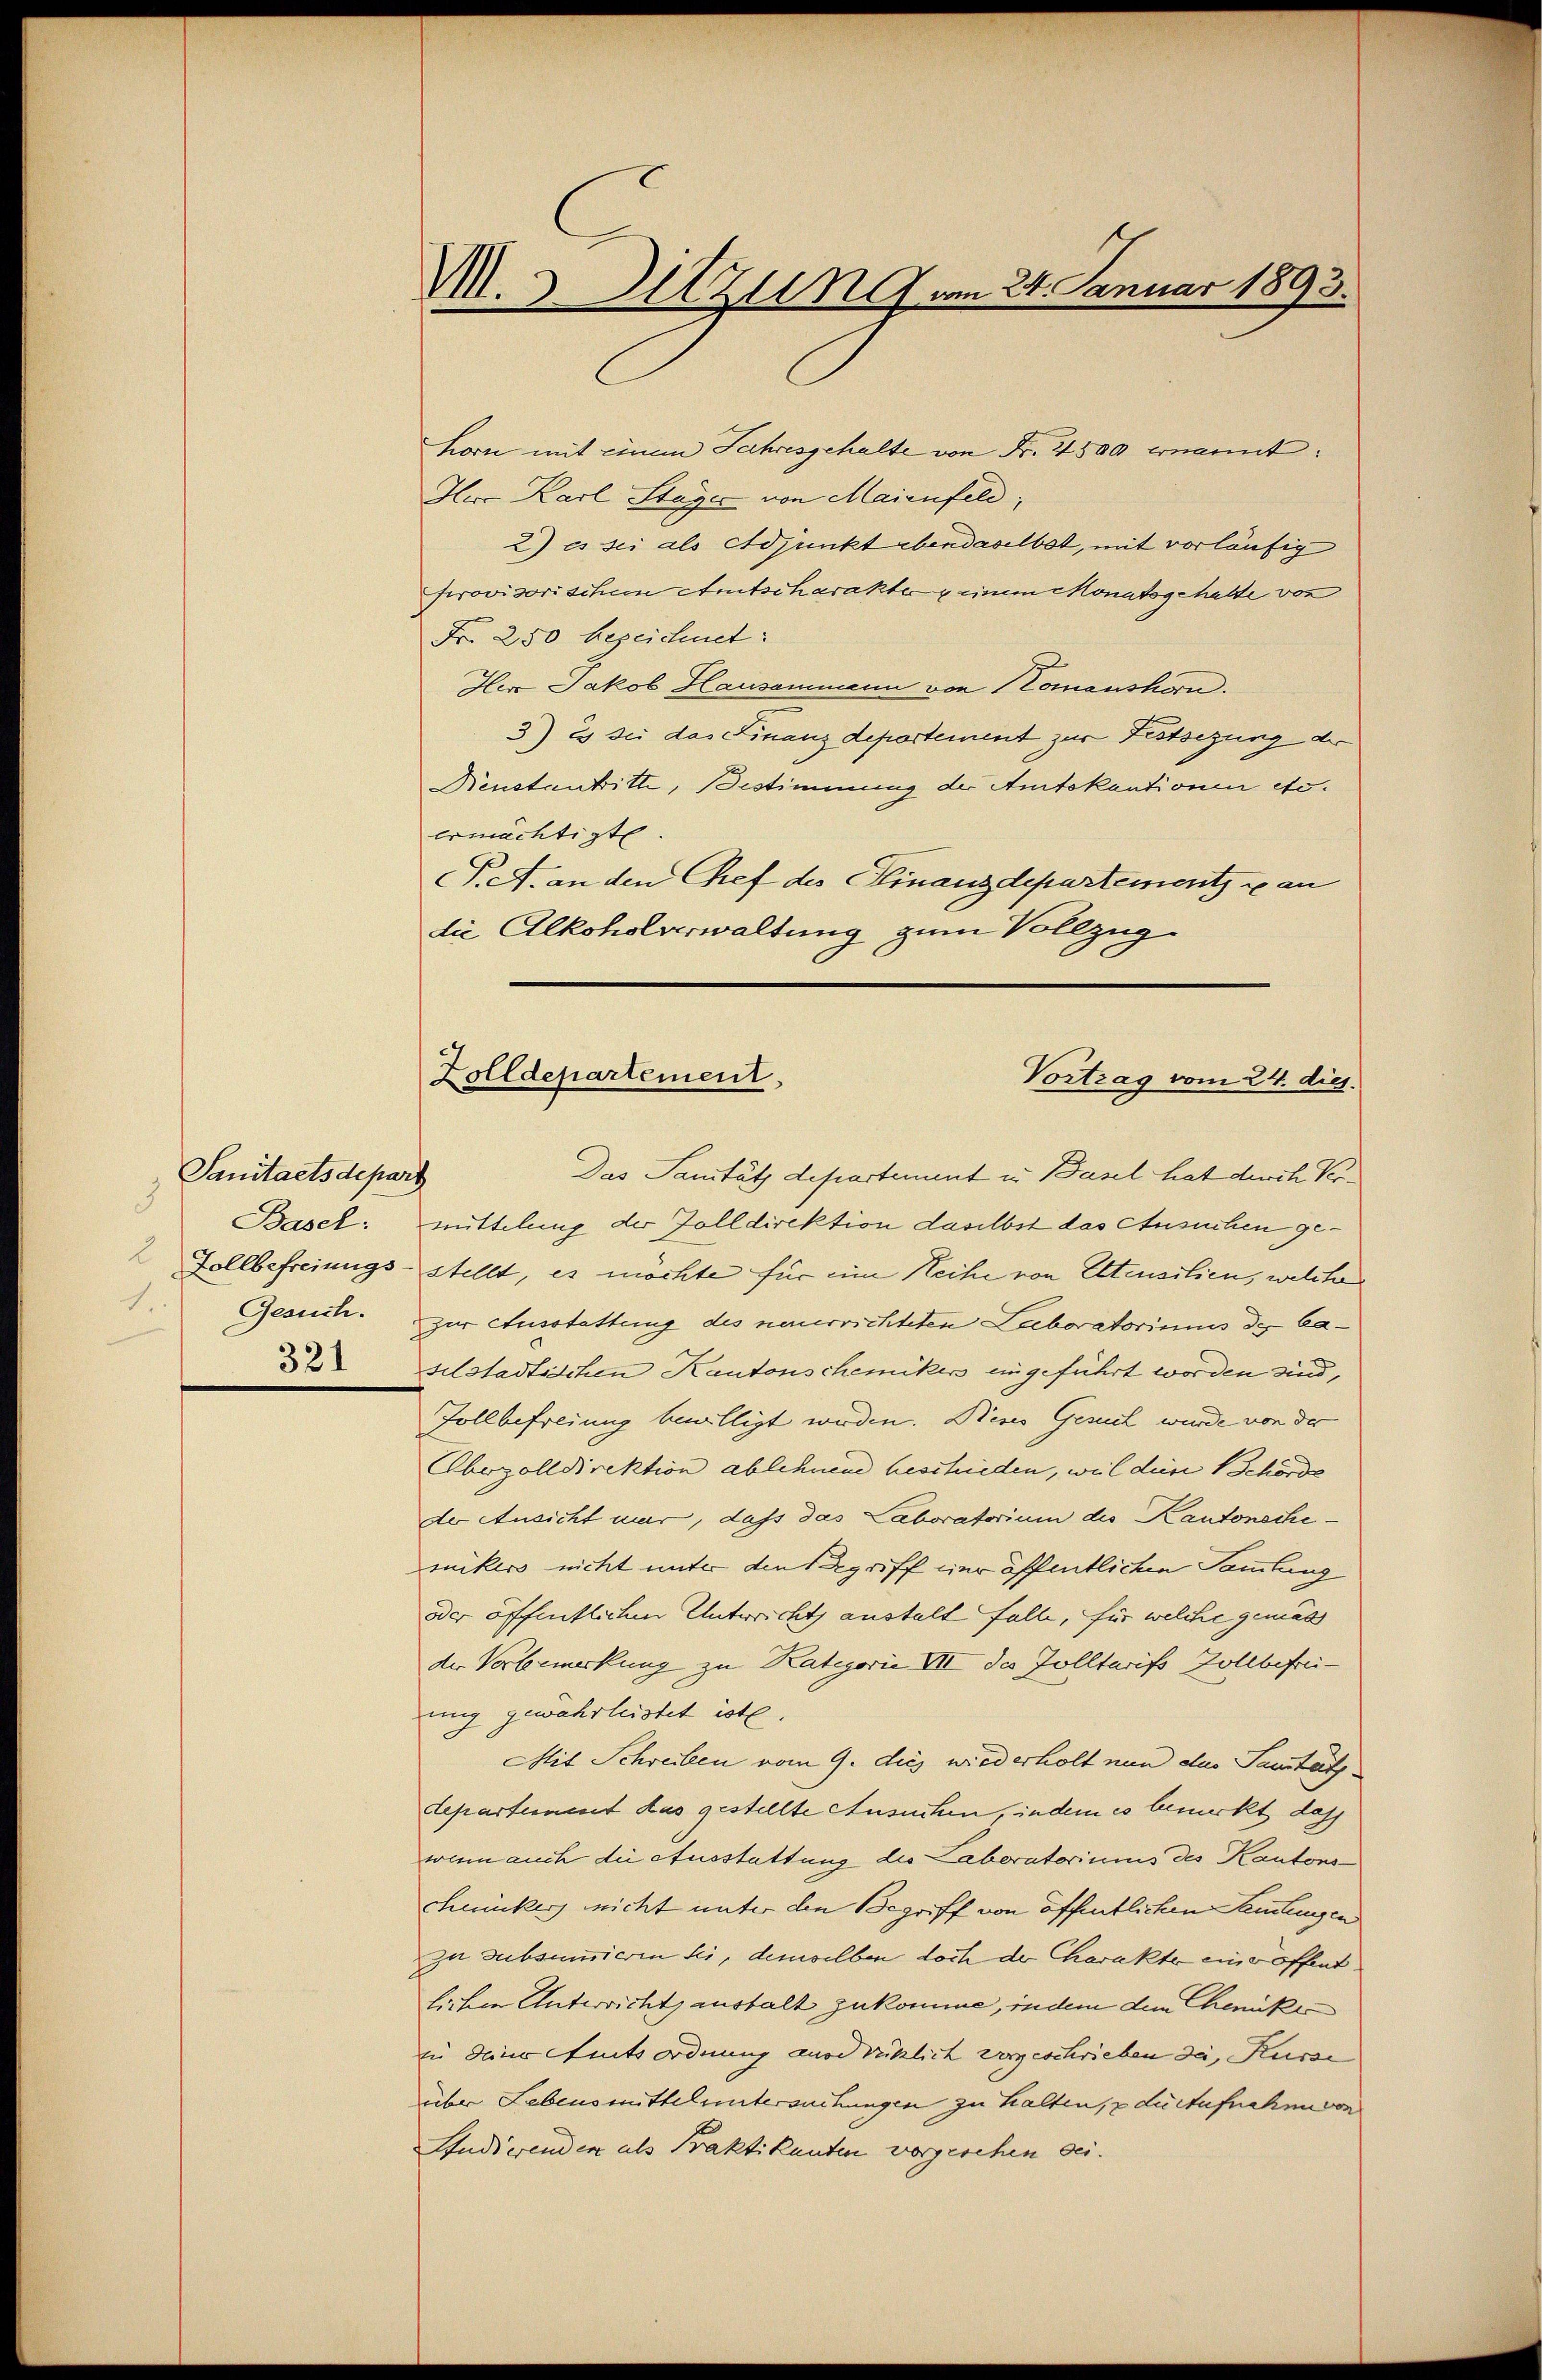
Sanitaetsdepart
3
Basel:
1.
321

Horn mit einem Jahresgehalte von Fr. 2500 ernannt:
Ie Karl Stage von Maienfeld,
2) es sei als Adjunkt ebendaselbst, mit vorläufig
provisorischem Amtscharakter einem Monatsgehalte von
Fr. 250 bezeichnet:
Her Jakob Hausammann von Tomanshorn.
3) Es sei das Finanzdepartement zur Festsezung der
Neustantritte, Bestimmung der Amtskautionen etc.
ermächtigte.
P.A. an den Chef des Finanzdepartements an
die Alkoholverwaltung zum Vollzug

V.3 Sitzung vom 24. Januar 1893.

Zolldepartement,
Vortrag vom 24. dies

Das Panität departement in Basel hat durch Vermittelung der Zolldirektion daselbst das Ansuchen ge¬
Zollbefreiungsstellt, es möchte für eine Reihe von Altensilien, welcher
Gesuch. Zur Ausstattung des neuerrichteten Laboratoriums des Caselstadtischen Kantonschemiker eingeführt worden sind,
Zollbefreiung bewilligt werden. Dieses Gesuch wurde von der
Oberzolldirektion ablehnend beschieden, weil dein Behörde
der Ansicht war, dass das Laboratorium des Kantonschemikers nicht unter den Begriff zur öffentlichen Sammlung
oder öffentlichen Unterricht anstalt falle, für welche gemäs
der Verbemerkung zu Kategorie VII des Zolltarifs Zollbefrei-
ung gewährleistet ist.
Mit Schreiben vom 9. dies wiederholt nun das Sanitätsdepartement das gestellte Ansuchen, indem es bemerkt dass
wenn auch die Ausstattung des Laboratoriums des Kantons
chmucker nicht unter den Begriff von öffentlichen Sammlungen
zu subsumieren sei, demselben doch der Charakte eine öffentlicher Unterricht anstalt zukomme, indem dem Chemike
zu dein Amtsordnung ausdrücklich vorgeschrieben da, Kurse
über Lebensmitteluntersuchungen zu halten, die Aufnahen von
Studierenden als Praktikanten vorgeschen sei.